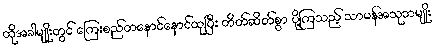
ထိုအခါမျိုးတွင် ကြေးစည်တနောင်နောင်ထုပြီး တိတ်ဆိတ်စွာ ပို့ကြသည့် သာမန်အသုဘမျိုး